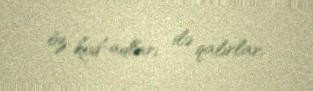
öz kod-adları ilə qalırlar.